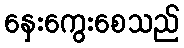
နှေးကွေးစေသည်